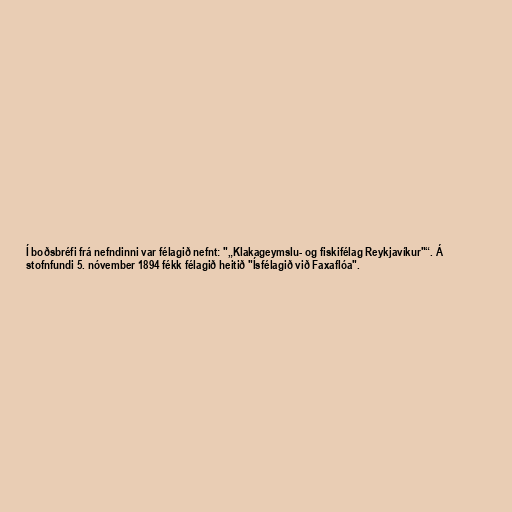
Í boðsbréfi frá nefndinni var félagið nefnt: "„Klakageymslu- og fiskifélag Reykjavíkur"“. Á
stofnfundi 5. nóvember 1894 fékk félagið heitið "Ísfélagið við Faxaflóa".